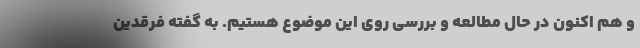
و هم اکنون در حال مطالعه و بررسی روی این موضوع هستیم. به گفته فرقدین